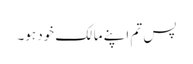
پس تم اپنے مالک خود ہو۔